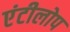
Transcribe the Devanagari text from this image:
एंटीलोप